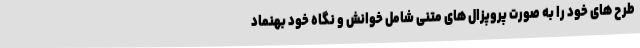
طرح های خود را به صورت پروپزال های متنی شامل خوانش و نگاه خود بهنماد